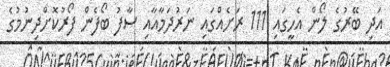
އަދި ބޭރުގެ ލޯން އެހީގައި 111 ރަށެއްގައި ނަރުދަމާއާއި ސާފު ބޯފެން ފޯރުކޮށްދިނުމުގެ